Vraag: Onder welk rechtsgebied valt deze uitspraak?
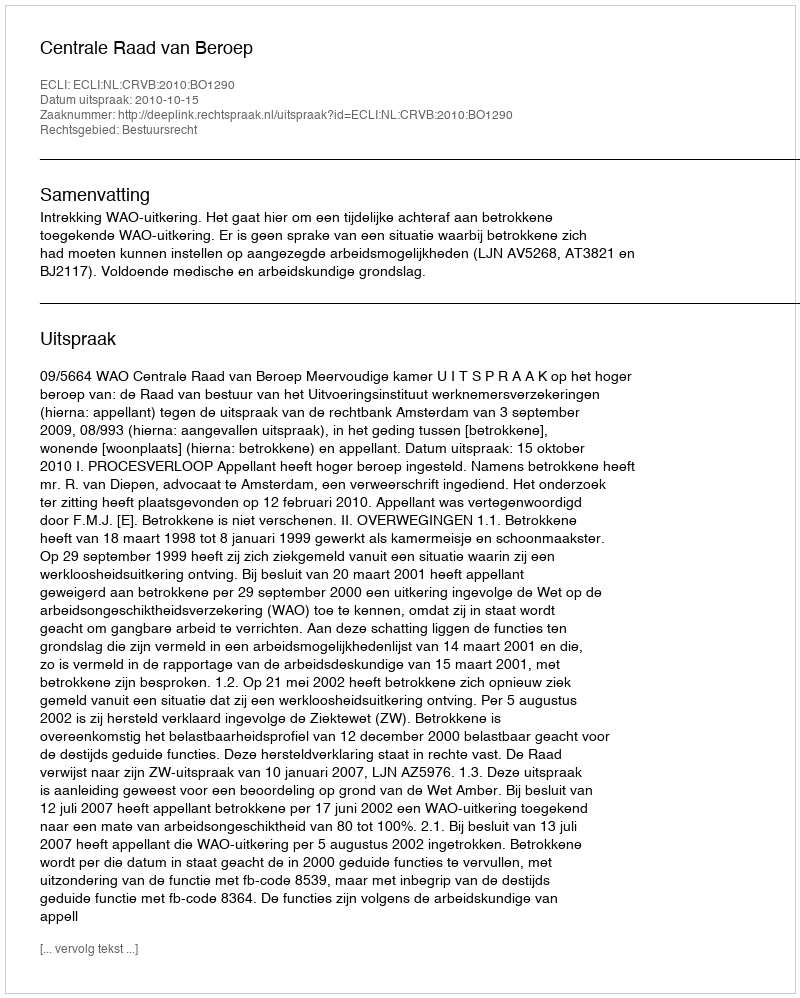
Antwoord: Bestuursrecht